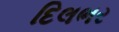
દિલભર